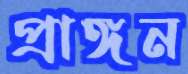
প্রাঙ্গন